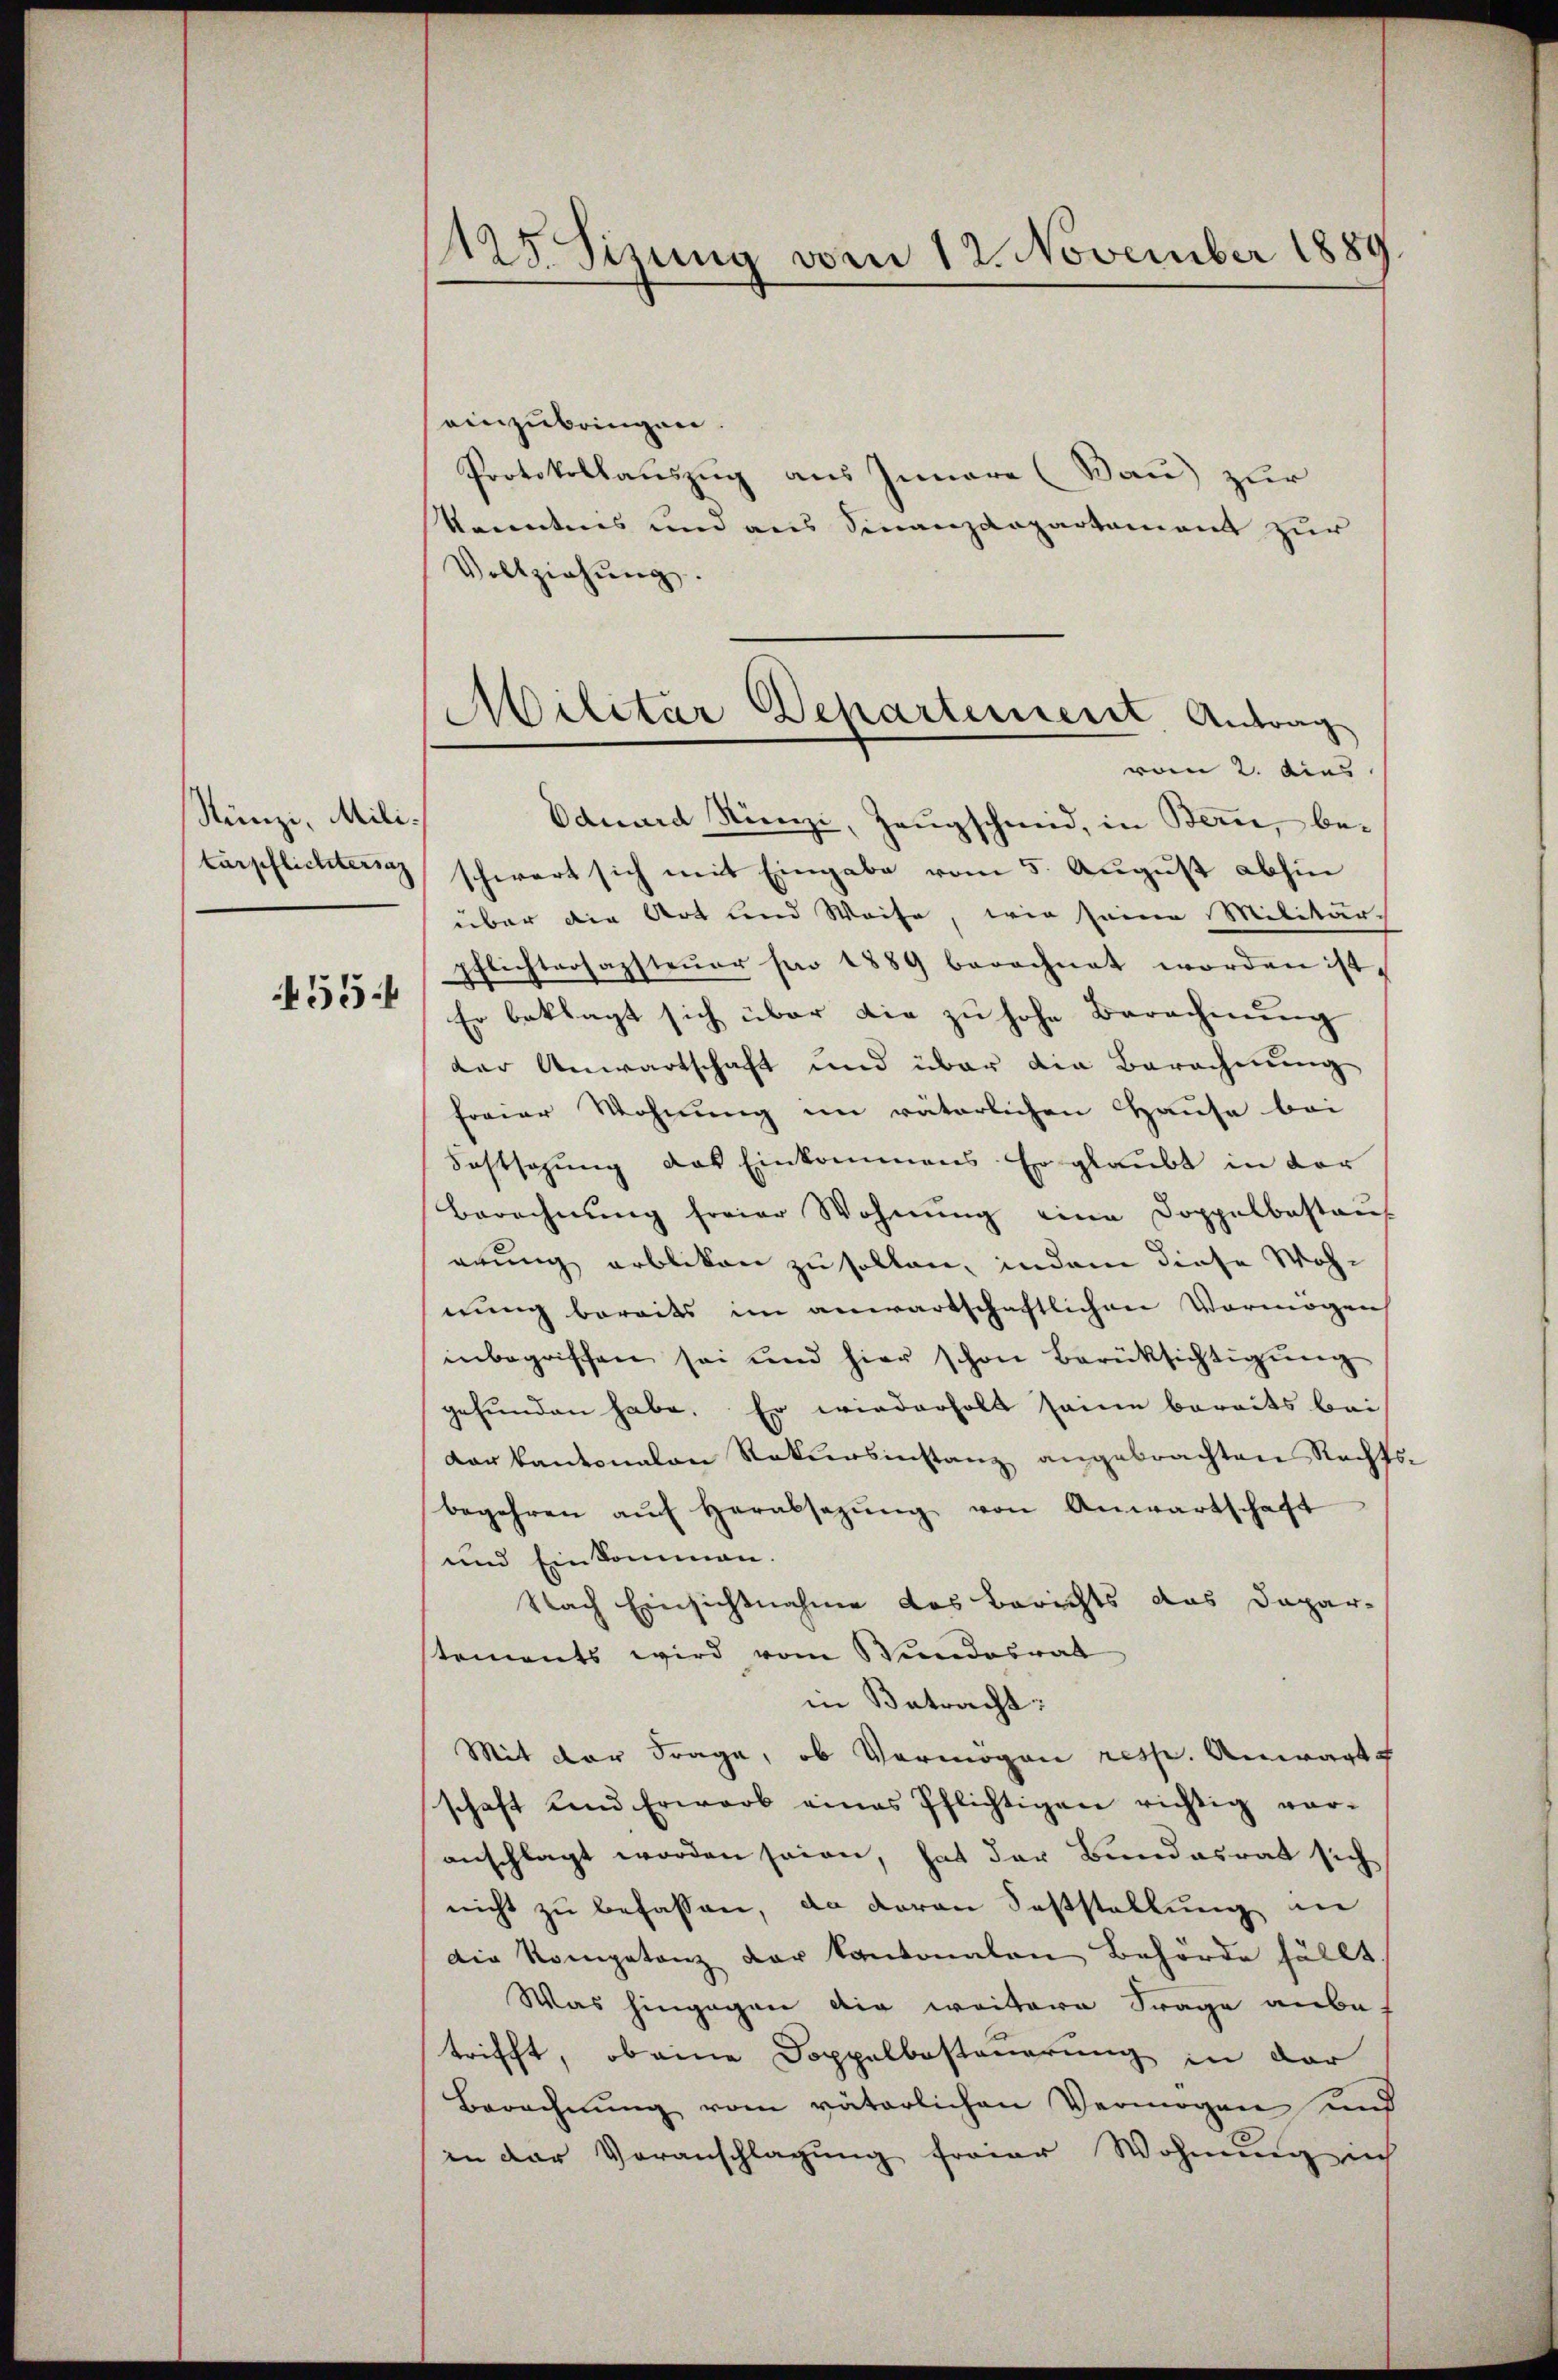
Rünzi, Militärpflichtersag
55

125. Sizung vom 12. November 1889

einzubringen.
Protokollauszug aus Innere (Bau) zur
kanntnis und aus Finanzdepartament zur
Vollziehŭng.
Eduard Stünzi, Zeugschmid, in Bern, beschwert sich mit Eingabe vom 5. August abhin
über die Art und Weise, wie seine Militär-
pflichtersagsteŭer pro 1889 berechnet worden ist,
Er beklagt sich über die zu hohe Berechnung
der Anwartschaft und über die Berechnung
freier Wohnung im väterlichen Hause bei
Fostsazung das Einkommens. Er glaubt in der
Berechnŭng freier Wohnŭng eine Doppelbestaŭf
erung erbliken zu sollen, indem diese Wohnung bereits im anwartschaftlichen Vermögen
inbegriffen sei und hier schon Berüksichtigŭng
gefunden habe. Er wiederholt seine bereits bei
dor kantonalen Rekursinstanz angebrachten Rechts-
begehren aŭch Herabsetzŭng von Anwartschaft
und Einkommen.
Nach Einsichtnahme des Berichts das Dapar-
tements wird vom Windesrat
in Betracht:
Mit der Frage, ob Vermögen resp. Anwart
schaft und Erwarb eines Pflichtigen richtig vor-
anschlagt worden seien, hat der Bundesrat sich
nicht zu befassen, da daran Feststellung an
Die Kompetenz der kantonalen Behörde fällt
Was hingegen die weitere Frage anbetrifft, ob eine Doppelbesteuerung in der
Berechnŭng vom väterlichen Vermögen und
in der Voranschlagung freier Wohnung ich

Militar Departement Antrag
vom 2. dies